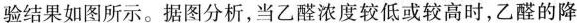
验结果如图所示。据图分析，当乙醛浓度较低或较高时，乙醛的降